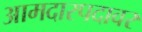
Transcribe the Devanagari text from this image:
आमदारपदावर